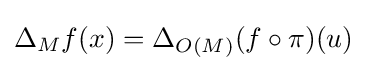
\Delta _{M}f(x)=\Delta _{O(M)}(f\circ \pi )(u)